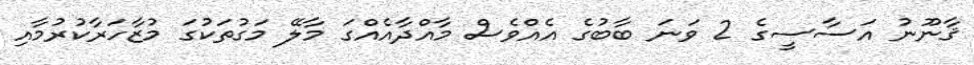
ޤާނޫނު އަސާސީގެ 2 ވަނަ ބާބުގެ އެއްވެސް މާއްދާއެއްގަ މާލޭ މަގުތަކުގަ މުޒާހަރާކުރުމާއި